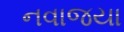
નવાજયા